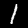
Digit: 1